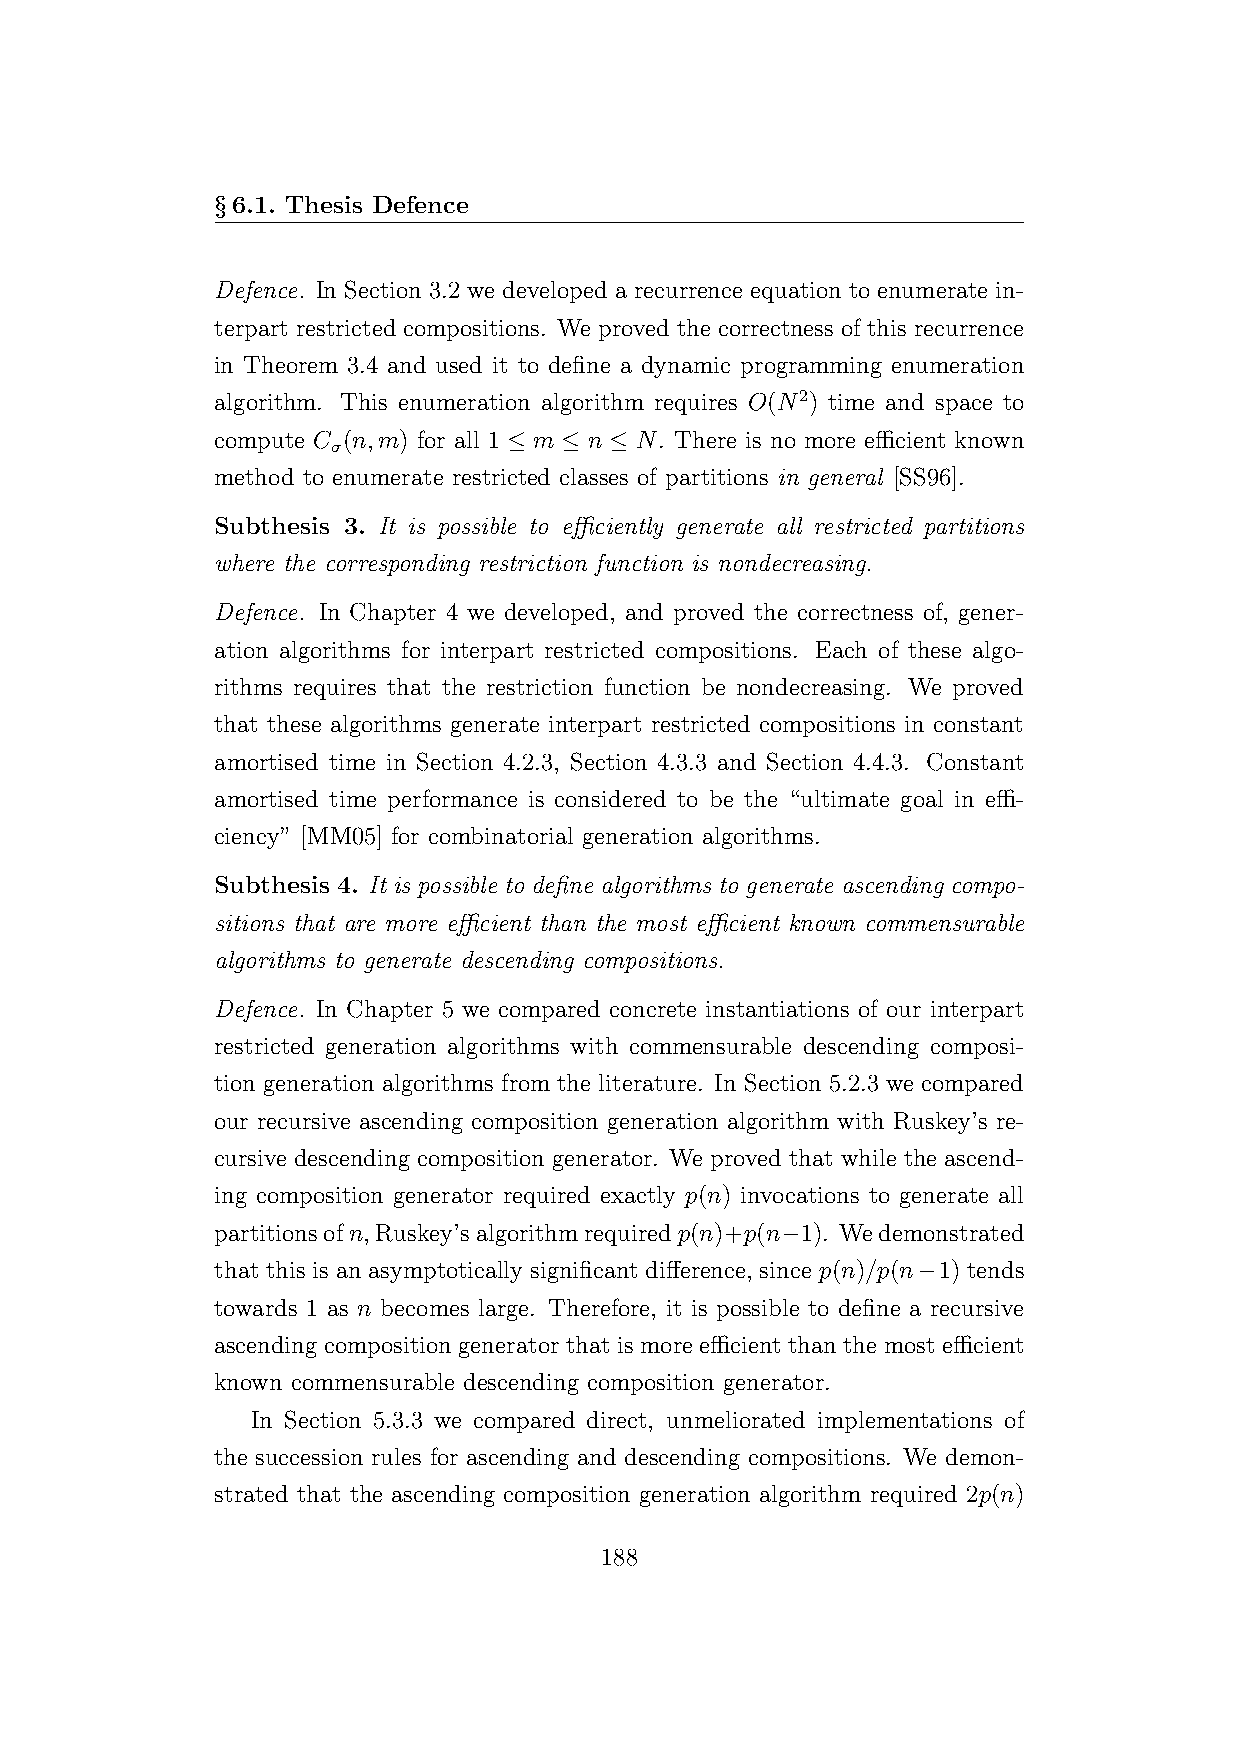
§6.1. Thesis Defence
 Defence. In Section 3.2 we developed a recurrence equation to enumerate in-
 terpart restricted compositions. We proved the correctness of this recurrence
 in Theorem 3.4 and used it to define a dynamic programming enumeration
 algorithm. This enumeration algorithm requires O(N2) time and space to
 compute C (n,m) for all 1 ≤ m ≤ n ≤ N. There is no more efficient known
 σ
 method to enumerate restricted classes of partitions in general [SS96].
 Subthesis 3. It is possible to efficiently generate all restricted partitions
 where the corresponding restriction function is nondecreasing.
 Defence. In Chapter 4 we developed, and proved the correctness of, gener-
 ation algorithms for interpart restricted compositions. Each of these algo-
 rithms requires that the restriction function be nondecreasing. We proved
 that these algorithms generate interpart restricted compositions in constant
 amortised time in Section 4.2.3, Section 4.3.3 and Section 4.4.3. Constant
 amortised time performance is considered to be the “ultimate goal in effi-
 ciency” [MM05] for combinatorial generation algorithms.
 Subthesis 4. It is possible to define algorithms to generate ascending compo-
 sitions that are more efficient than the most efficient known commensurable
 algorithms to generate descending compositions.
 Defence. In Chapter 5 we compared concrete instantiations of our interpart
 restricted generation algorithms with commensurable descending composi-
 tion generation algorithms from the literature. In Section 5.2.3 we compared
 our recursive ascending composition generation algorithm with Ruskey’s re-
 cursive descending composition generator. We proved that while the ascend-
 ing composition generator required exactly p(n) invocations to generate all
 partitionsofn, Ruskey’salgorithmrequiredp(n)+p(n−1). Wedemonstrated
 that this is an asymptotically significant difference, since p(n)/p(n−1) tends
 towards 1 as n becomes large. Therefore, it is possible to define a recursive
 ascending composition generator that is more efficient than the most efficient
 known commensurable descending composition generator.
 In Section 5.3.3 we compared direct, unmeliorated implementations of
 the succession rules for ascending and descending compositions. We demon-
 strated that the ascending composition generation algorithm required 2p(n)
 188